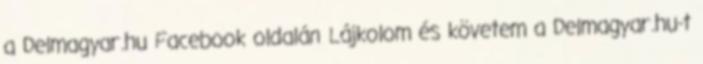
a Delmagyar.hu Facebook oldalán Lájkolom és követem a Delmagyar.hu-t